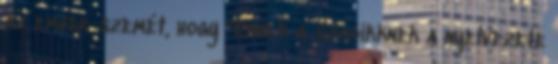
az ember szemét, hogy "Ennek a szócikknek a nyelvezete